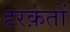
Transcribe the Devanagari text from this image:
हरक़तों